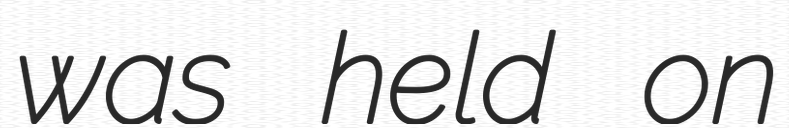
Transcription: was held on